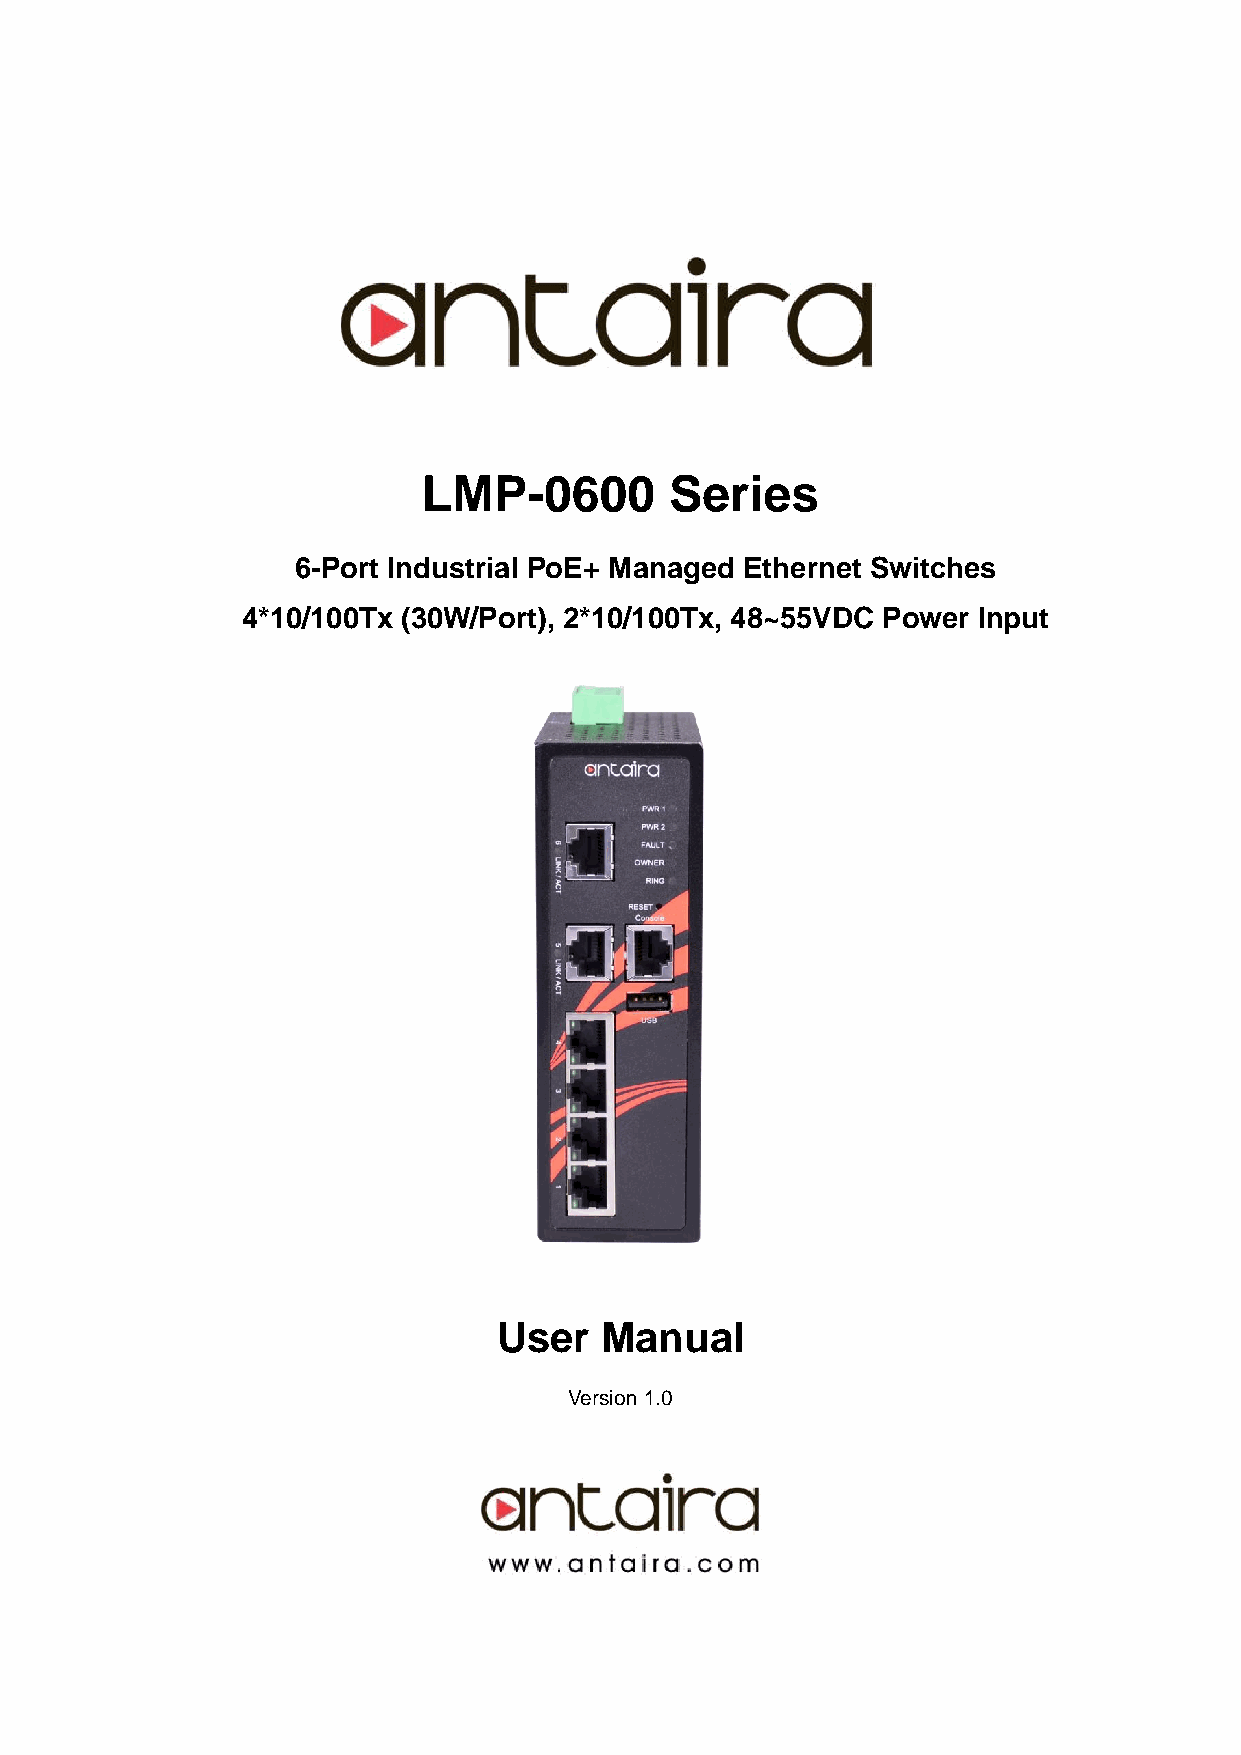
Antaira Industrial Ethernet Switches
 LMP-0600 Series User Manual V1.0
 LMP-0600        Series
 6-Port Industrial PoE+ Managed Ethernet Switches
 4*10/100Tx (30W/Port), 2*10/100Tx, 48~55VDC Power Input
 User   Manual
 Version 1.0
 i